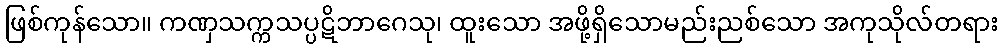
ဖြစ်ကုန်သော။ ကဏှသက္ကသပ္ပဋိဘာဂေသု၊ ထူးသော အဖို့ရှိသောမည်းညစ်သော အကုသိုလ်တရား